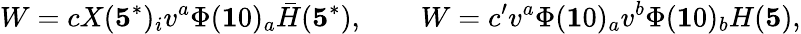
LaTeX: W=cX({\mathbf 5^{*}})_{i}v^{a}\Phi({\mathbf 10})_{a}\bar{H}({\mathbf 5^{*}}),\qquad W=c^{\prime}v^{a}\Phi({\mathbf 10})_{a}v^{b}\Phi({\mathbf 10})_{b}H({\mathbf 5}),